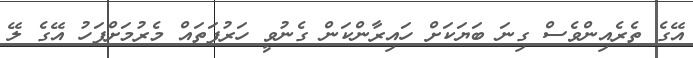
އޭގެ ތެރެއިންވެސް ގިނަ ބަޔަކަށް ހައިރާންކަން ގެނުވީ ހަރުފަތައް މެރުމަށްފަހު އޭގެ ލޭ